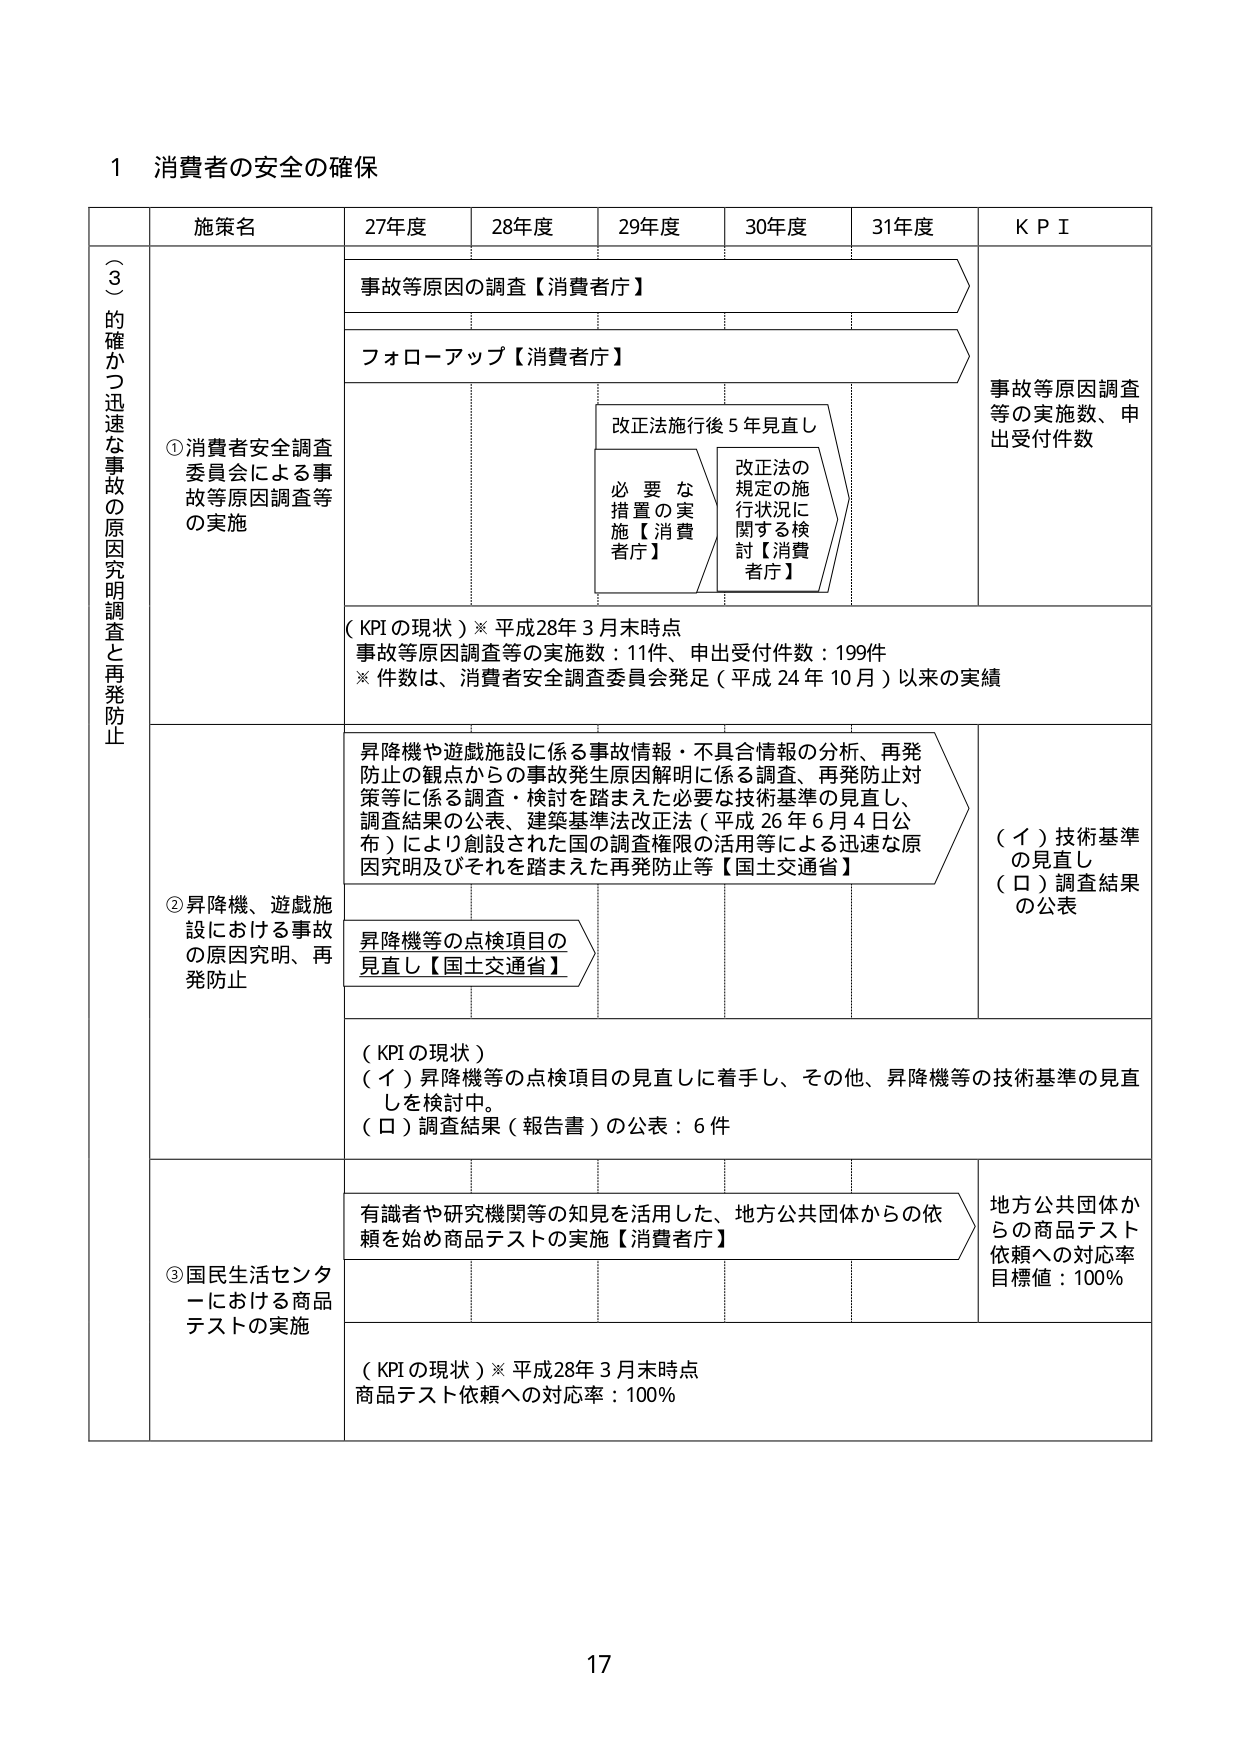
1 消費者の安全の確保

施策名 27年度 28年度 29年度 30年度 31年度 KPI

（３）的確かつ迅速な事故の原因究明調査と再発防止

①消費者安全調査委員会による事故等原因調査等の実施

事故等原因の調査【消費者庁】

フォローアップ【消費者庁】

改正法施行後５年見直し

必要な措置の実施【消費者庁】

改正法の規定の施行状況に関する検討【消費者庁】

事故等原因調査等の実施数、申出受付件数

（KPIの現状）※平成28年３月末時点
事故等原因調査等の実施数：11件、申出受付件数：199件
※件数は、消費者安全調査委員会発足（平成24年10月）以来の実績

②昇降機、遊戯施設における事故の原因究明、再発防止

昇降機や遊戯施設に係る事故情報・不具合情報の分析、再発防止の観点からの事故発生原因解明に係る調査、再発防止対策等に係る調査・検討を踏まえた必要な技術基準の見直し、調査結果の公表、建築基準法改正法（平成26年6月4日公布）により創設された国の調査権限の活用等による迅速な原因究明及びそれを踏まえた再発防止等【国土交通省】

昇降機等の点検項目の見直し【国土交通省】

（イ）技術基準の見直し
（ロ）調査結果の公表

（KPIの現状）
（イ）昇降機等の点検項目の見直しに着手し、その他、昇降機等の技術基準の見直しを検討中。
（ロ）調査結果（報告書）の公表：6件

③国民生活センターにおける商品テストの実施

有識者や研究機関等の知見を活用した、地方公共団体からの依頼を始め商品テストの実施【消費者庁】

地方公共団体からの商品テスト依頼への対応率
目標値：100%

（KPIの現状）※平成28年３月末時点
商品テスト依頼への対応率：100%

17